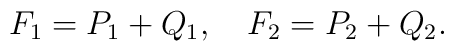
F_{1} = P_{1} + Q_{1} , \quad F_{2} = P_{2} + Q_{2} .